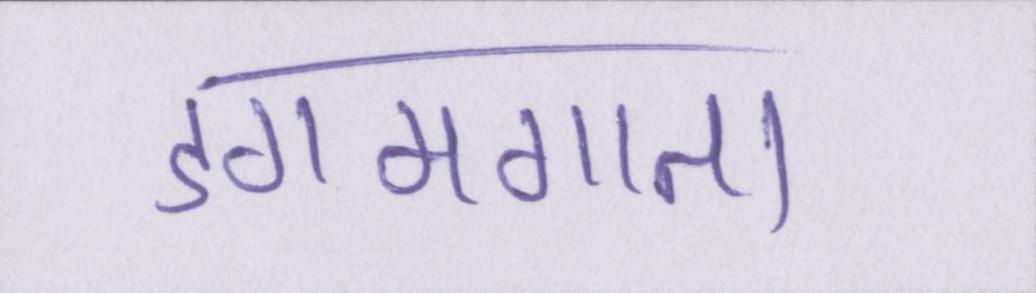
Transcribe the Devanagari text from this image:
डगमगाता